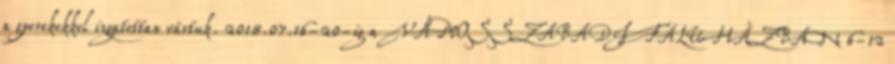
a gyerekekkel izgatottan vártuk. 2018.07.16-20-ig a VÁMOSSZABADI FALUHÁZBAN 6-12